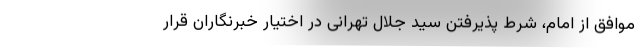
موافق از امام، شرط پذیرفتن سید جلال تهرانی در اختیار خبرنگاران قرار